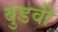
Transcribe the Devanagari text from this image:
बुडवी